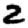
Digit: 2